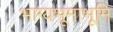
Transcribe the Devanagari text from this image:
भाग्यभूमाभूमि